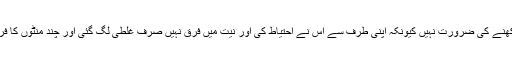
دوبارہ رکھنے کی ضرورت نہیں کیونکہ اپنی طرف سے اس نے احتیاط کی اور نیت میں فرق نہیں صرف غلطی لگ گئی اور چند منٹوں کا فرق پڑ گیا۔